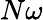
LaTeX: N\omega